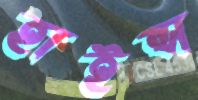
হাইন্স